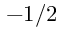
- 1 / 2